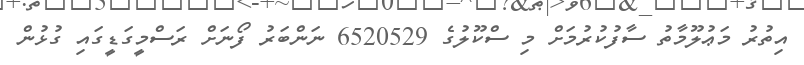
އިތުރު މަޢުލޫމާތު ސާފުކުރުމަށް މި ސްކޫލުގެ 6520529 ނަންބަރު ފޯނަށް ރަސްމީގަޑީގައި ގުޅުން